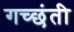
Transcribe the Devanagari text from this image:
गच्छंती